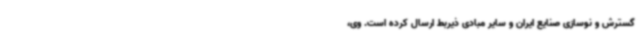
گسترش و نوسازی صنایع ایران و سایر مبادی ذیربط ارسال کرده است. وی،